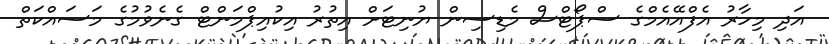
އަދި މިހާރު އެފްއޭއެމްގެ ސްޕޯޓްސް މެޑިސިން ޔުނިޓަށް އިތުރު އިކުއިޕްމަންޓް ގެނެވުމުގެ މަސައްކަތް